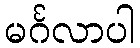
မင်္ဂလာပါ